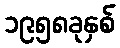
၁၉၅၈ခုနှစ်